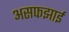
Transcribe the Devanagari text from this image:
असफझाई